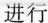
进行